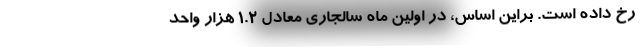
رخ داده است. براین اساس، در اولین ماه سالجاری معادل ۱.۲ هزار واحد